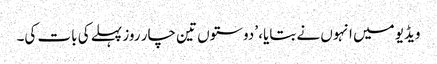
ویڈیو میں انہوں نے بتایا، ’دوستوں تین چار روز پہلے کی بات کی۔